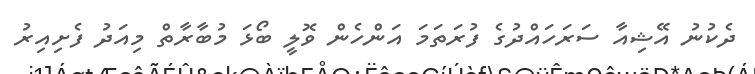
ދެކުނު އޭޝިއާ ސަރަހައްދުގެ ފުރަތަމަ އަންހެން ވޮލީ ބޯޅަ މުބާރާތް މިއަދު ފެށިއިރު